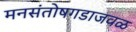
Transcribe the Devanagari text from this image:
मनसंतोषगडाजवळ